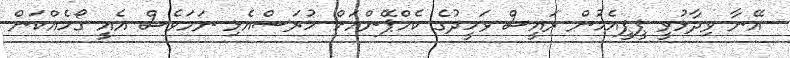
އޭނާ ވިދާޅުވީ ޕީޕީއެމުން ރައީސް ވަހީދުގެ ކެމްޕޭންއަށް ހުރަސްއެޅި ނަމަވެސް އެއީ ގޯހެއްކަން